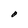
Character: O